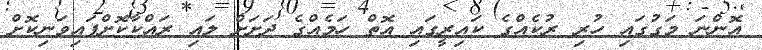
އޮންނަ މަގުގައި ހުރި ރުކެއްގެ ކައިރީގައި އޮތް ހަމެއްގެ ދަށަށް ލައި ރައްކާކޮށްފައިވަނިކޮށް